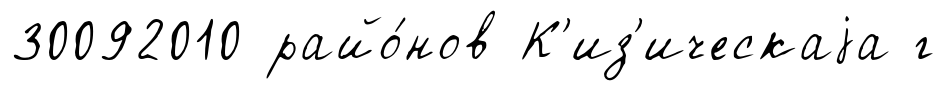
30092010 райо́нов К'из'ическаjа г